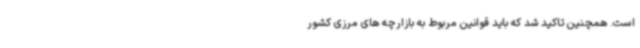
است. همچنین تاکید شد که باید قوانین مربوط به بازارچه های مرزی کشور